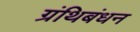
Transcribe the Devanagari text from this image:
ग्रंथिबंधन